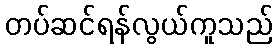
တပ်ဆင်ရန်လွယ်ကူသည်